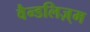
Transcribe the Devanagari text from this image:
वैन्डलिज़्म